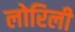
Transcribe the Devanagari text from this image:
लोरिली